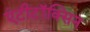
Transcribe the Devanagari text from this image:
एंटीटॉक्सिन